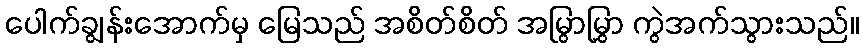
ပေါက်ချွန်းအောက်မှ မြေသည် အစိတ်စိတ် အမြွာမြွှာ ကွဲအက်သွားသည်။